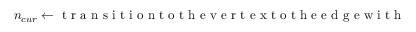
n _ { c u r } \gets \mathrm { ~ t ~ r ~ a ~ n ~ s ~ i ~ t ~ i ~ o ~ n ~ t ~ o ~ t ~ h ~ e ~ v ~ e ~ r ~ t ~ e ~ x ~ t ~ o ~ t ~ h ~ e ~ e ~ d ~ g ~ e ~ w ~ i ~ t ~ h ~ }